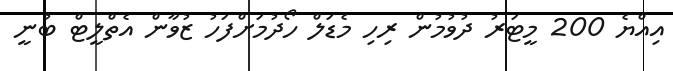
އިއްޔެ 200 މީޓަރު ދުވުމުން ރިހި މެޑަލް ހޯދުމަށްފަހު ޒުވާން އެތްލީޓް ބުނީ